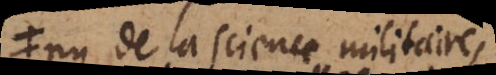
ny de la science militaire